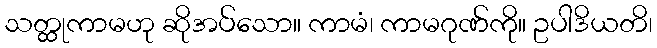
သတ္ထုကာမဟု ဆိုအပ်သော။ ကာမံ၊ ကာမဂုဏ်ကို။ ဥပါဒိယတိ၊